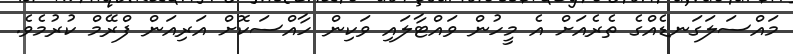
މައްސަލަގަނޑެއްގެ ތެރެއަށް އެ މީހުން ވައްޓާލައި ވަކިން ހާއްސަކޮށް އަރިއަން ފްރޭމް ކުރުމެވެ.